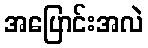
အပြောင်းအလဲ